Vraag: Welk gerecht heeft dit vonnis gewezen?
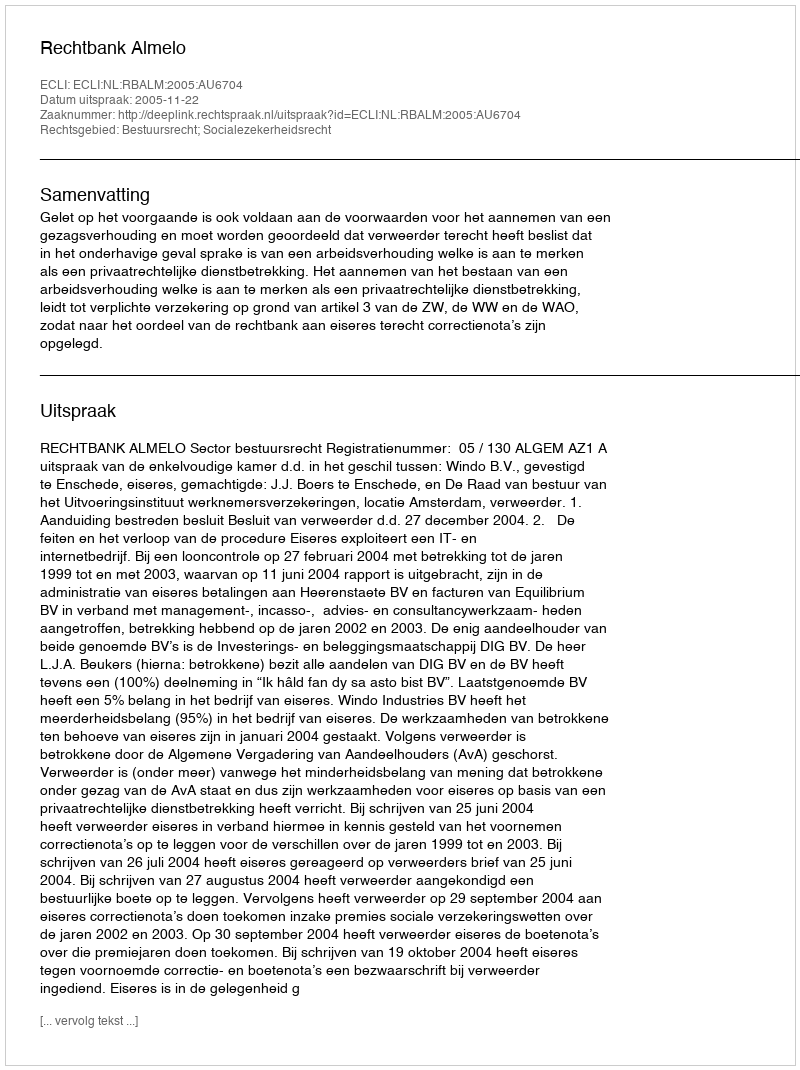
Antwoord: Rechtbank Almelo